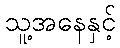
သူ့အနေနှင့်